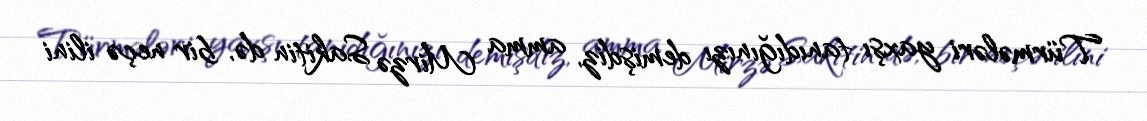
Türmələri yaxşı tanıdığınızı demişdiz, amma Mirzə Sakitin də, bir neçə ilini